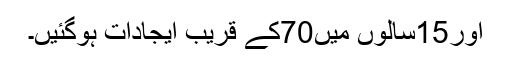
اور15سالوں میں70کے قریب ایجادات ہوگئیں۔